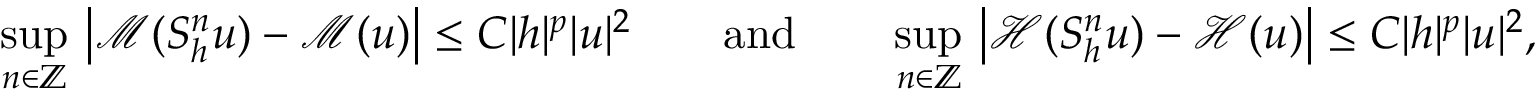
\operatorname* { s u p } _ { n \in \mathbb { Z } } \, \big | \mathcal { M } ( S _ { h } ^ { n } u ) - \mathcal { M } ( u ) \big | \leq C | h | ^ { p } | u | ^ { 2 } \qquad \mathrm { a n d } \qquad \operatorname* { s u p } _ { n \in \mathbb { Z } } \, \big | \mathcal { H } ( S _ { h } ^ { n } u ) - \mathcal { H } ( u ) \big | \leq C | h | ^ { p } | u | ^ { 2 } ,